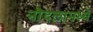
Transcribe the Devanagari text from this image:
नौदलामध्ये